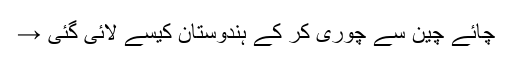
چائے چین سے چوری کر کے ہندوستان کیسے لائی گئی →